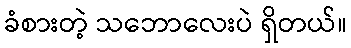
ခံစားတဲ့ သဘောလေးပဲ ရှိတယ်။